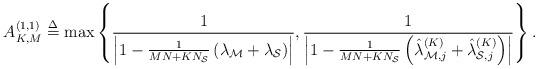
LaTeX: \begin{align*} A_{K,M}^{(1,1)} \buildrel \Delta \over = \max \left\{ {\frac{1}{{\left| {1 - \frac{1}{{MN + K{N_{\cal S}}}}\left( {{\lambda _{\cal M}} + {\lambda _{\cal S}}} \right)} \right|}},\frac{1}{{\left| {1 - \frac{1}{{MN + K{N_{\cal S}}}}\left( {\hat \lambda _{{\cal M},j}^{(K)} + \hat \lambda _{{\cal S},j}^{(K)}} \right)} \right|}}} \right\}.\end{align*}